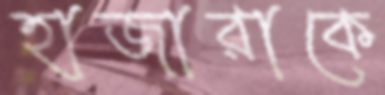
হাজারাকে